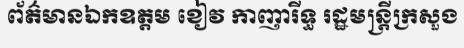
ព័ត៌មានឯកឧត្តម ខៀវ កាញារីទ្ធ រដ្ឋមន្ត្រីក្រសួង